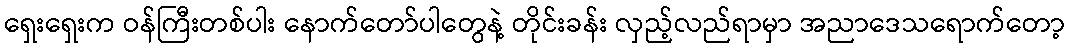
ရှေးရှေးက ဝန်ကြီးတစ်ပါး နောက်တော်ပါတွေနဲ့ တိုင်းခန်း လှည့်လည်ရာမှာ အညာဒေသရောက်တော့